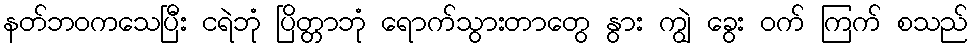
နတ်ဘဝကသေပြီး ငရဲဘုံ ပြိတ္တာဘုံ ရောက်သွားတာတွေ နွား ကျွဲ ခွေး ဝက် ကြက် စသည်